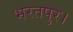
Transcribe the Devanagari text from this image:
भरतपुर।